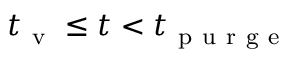
t _ { \mathrm { ~ v ~ } } \leq t < t _ { \mathrm { ~ p ~ u ~ r ~ g ~ e ~ } }